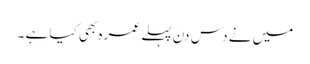
میں نے دس دن پہلے عمرہ بھی کیا ہے ۔